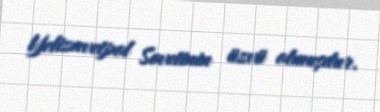
Yelizavetpol Sovetinin üzvü olmuşdur.